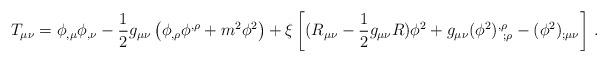
LaTeX: \begin{align*}T_{\mu\nu}=\phi_{,\mu}\phi_{,\nu}-\frac 12 g_{\mu\nu}\left(\phi_{,\rho}\phi^{,\rho}+m^2\phi^2\right)+\xi\left[(R_{\mu\nu}-\frac 12 g_{\mu\nu} R)\phi^2+g_{\mu\nu} (\phi^2)^{,\rho}_{~;\rho}-(\phi^2)_{;\mu\nu}\right] \, .\end{align*}